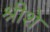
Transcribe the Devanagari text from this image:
श्रीशे